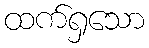
ထက်ရှသော